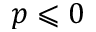
p \leqslant 0